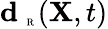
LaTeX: \textbf{d}_{\mathrm{~\tiny~R~}}({\mathbf X},t)